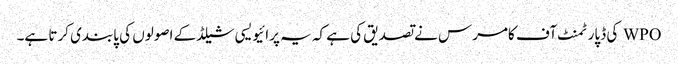
WPO کی ڈپارٹمنٹ آف کامرس نے تصدیق کی ہے کہ یہ پرائیویسی شیلڈ کے اصولوں کی پابندی کرتا ہے۔